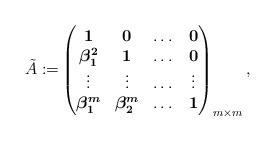
LaTeX: \begin{align*}\Tilde{A}:=&\begin{pmatrix}\textbf{1} & \boldsymbol{0} & \dots & \boldsymbol{0} \\\boldsymbol{\beta_1^2} & \textbf{1} & \dots & \boldsymbol{0} \\\vdots & \vdots & \dots & \vdots \\\boldsymbol{\beta_1^m} & \boldsymbol{\beta_2^m} & \dots & \textbf{1} \\\end{pmatrix}_{m \times m}, \end{align*}